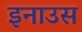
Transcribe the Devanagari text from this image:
इनाउस